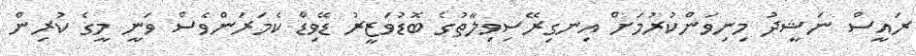
ރައީސް ނަޝީދު މިނިވަންކުރުމަށް އިނގިރޭސިވިލާތުގެ ބޮޑުވަޒީރު ޑޭވިޑް ކެމަރަންވެސް ވަނީ މީގެ ކުރިން